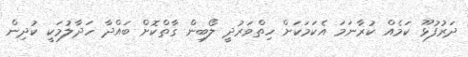
ދަރުފުޅޫ ކަމެއް ކުރާނަމަ އެކަމަކަށް ހިތްވަރުދީ ލޯބިން ގާތްކޮށް ބައްދާ ހަދާލުމަކީ ކުދިން